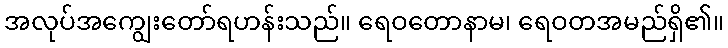
အလုပ်အကျွေးတော်ရဟန်းသည်။ ရေဝတောနာမ၊ ရေဝတအမည်ရှိ၏။